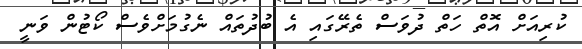
ކުރިއަށް އޮތް ހަތް ދުވަސް ތެރޭގައި އެ ބުދުތައް ނެގުމަށްވެސް ކޯޓުން ވަނީ